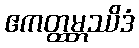
ဧကတ္ထမ္ဘဿိဒံ